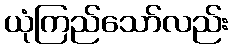
ယုံကြည်သော်လည်း